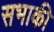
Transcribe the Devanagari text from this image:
सभाकी